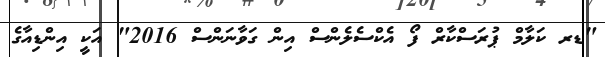
"ޑރ ކަލާމް ޕުރަސްކާރް ފޯ އެކްސެލެންސް އިން ގަވާނަންސް 2016" އަކީ އިންޑިއާގެ